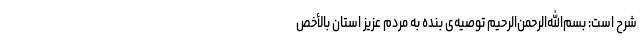
شرح است: بسم‌الله‌الرحمن‌الرحیم توصیه‌ی بنده به مردم عزیز استان بالأخص